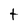
Character: t